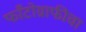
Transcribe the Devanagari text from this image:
फाँटोग्राफीचा